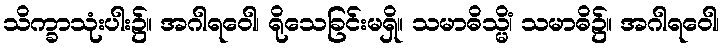
သိက္ခာသုံးပါး၌။ အဂါရဝေါ၊ ရိုသေခြင်းမရှိ။ သမာဓိသ္မိံ၊ သမာဓိ၌။ အဂါရဝေါ၊